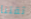
ثقتنا